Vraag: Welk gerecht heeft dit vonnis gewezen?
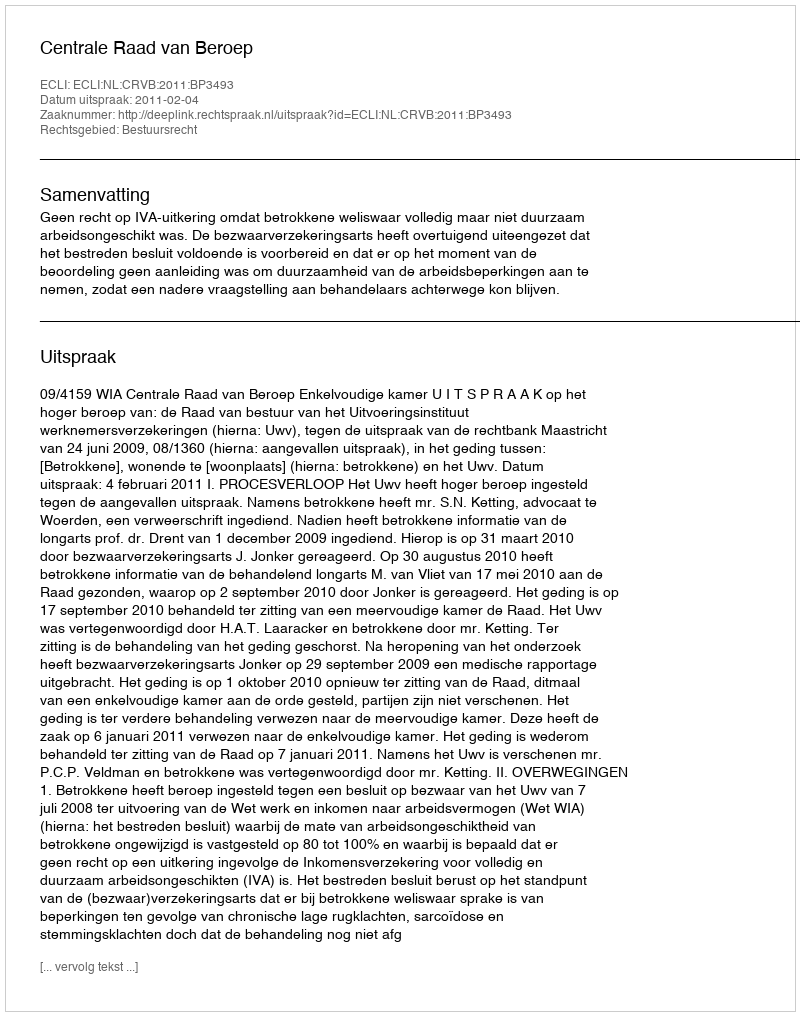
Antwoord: Centrale Raad van Beroep